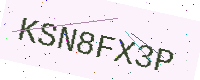
Text: KSN8FX3P